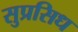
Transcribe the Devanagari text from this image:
सुप्रसिध